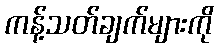
ကန့်သတ်ချက်များကို